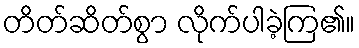
တိတ်ဆိတ်စွာ လိုက်ပါခဲ့ကြ၏။